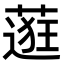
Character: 𬞅